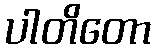
ပါတိတော